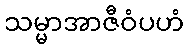
သမ္မာအာဇီဝံပဟံ